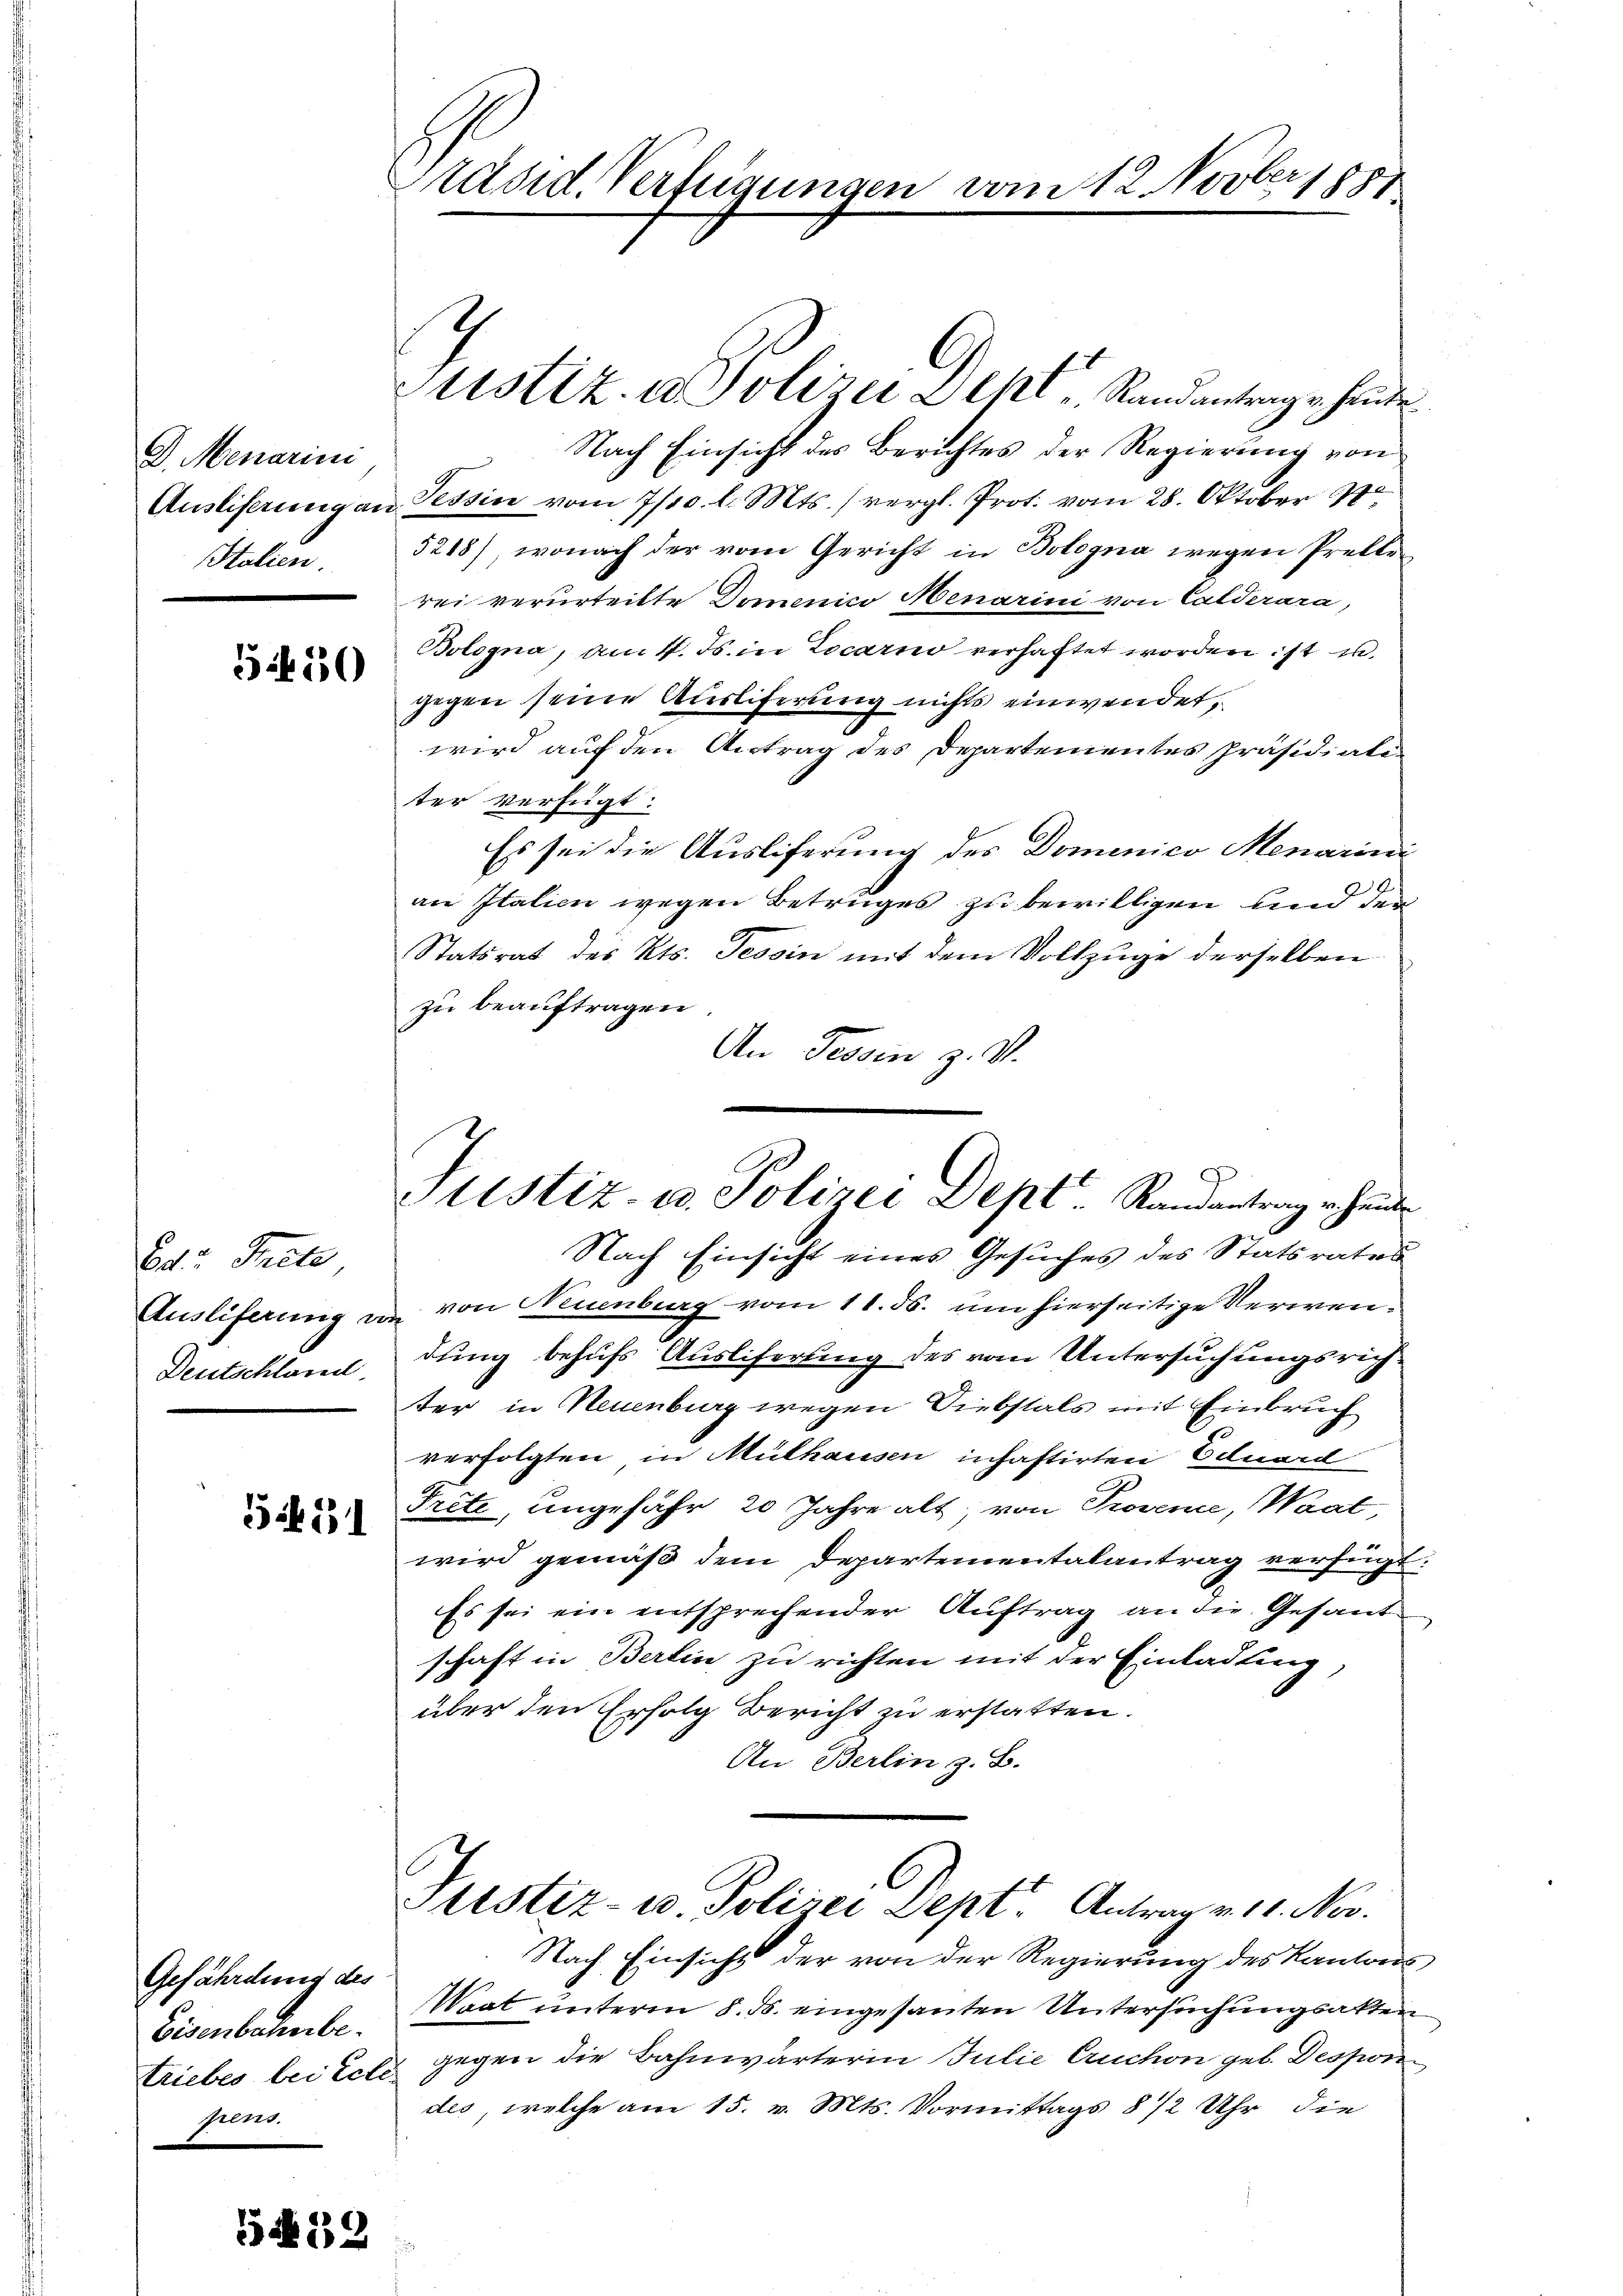
D. Menarini
Htalien.

5450

od. Trete
Ausliferung u.
Deutschlagen.

551

Gefährdung des
Eisenbahnbeeleer.

5439

A
Präsid. Verfügungen vom 12. Nov. 1881

Justiz- u. Polizei Dept. Randantrag er heute

Justiz u. Polizei Dehl   Randantrage heute.
Nach Einsicht des Berichtes der Regierung von
Ausliferung an Tessin vom 7/10. l. Mts. ) vergl. Prot. vom 28. Oktober 180
5218), wonach der vom Gericht in Bologna wegen Pretterei verurteilte Domenico Menarini von Calderara,
Bologna, am 4. Js. in Locarno verhaftet worden ist u.
gegen seine Ausliferung nichts einwendet,
wird auf den Antrag des Departementes Präsidiale
ter verfügt:
Es sei die Ausliferung des Dominico Menarini
an Italien wegen Betruges zu bewilligen und der¬
Statsrat des Kts. Tessin mit dem Vollzuge derselben
zu beauftragen.
An Tessin z. B.
Nach Einsicht eines Gesuches des Statsrates
von Neuenburg vom 11. ds. um hierseitige Verwendung behufs Ausliferung des vom Untersuchungsrichter in Neuenburg wegen Diebstals mit Einbruch
verfolgten in Mülhausen inhaftirten Eduard
Trete, ungefähr 20 Jahre alt, von Provenie, Waat,
wird gemäß dem Departementalantrag verfügt:
Es sei ein entsprechender Auftrag an die Gesandschaft in Berlin zu richten mit der Einladung
über den Erfolg Bericht zu erstatten.
An Berlin z. B.
Justiz- u. Polizei Dept: Antrag v. 11. Nov.
Nach Einsicht der von der Regierung des Kantons¬
Waat unterm 8. ds. eingesanten Untersuchungsakten
triebes bei Ecte gegen die Bahnwärterin Julie Cruchon geb. Despondes, welche am 15. v. Mts. Vormittags 8 1/2 Uhr die